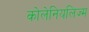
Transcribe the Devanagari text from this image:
कोलेनियलिज्म